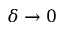
\delta \to 0